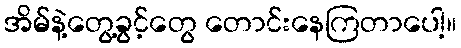
အိမ်နဲ့တွေ့ခွင့်တွေ တောင်းနေကြတာပေါ့။